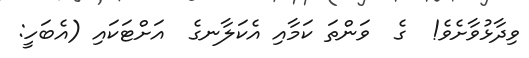
ވިދާޅުވާށެވެ!  ގެ  ވަންތަ ކަމާއި އެކަލާނގެ  އަށްޓަކައި (އެބަހީ: